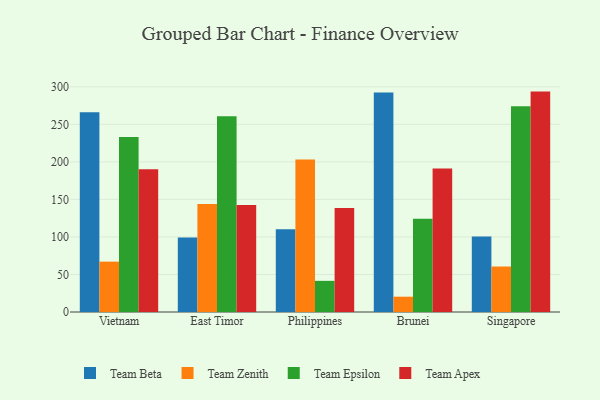
{"axis": {"x": "Country", "y": "Operating Costs (USD K)"}, "legend": ["Team Apex", "Team Beta", "Team Epsilon", "Team Zenith"], "data": [{"x": "Vietnam", "y": 266.2, "type": "Team Beta"}, {"x": "Vietnam", "y": 67.1, "type": "Team Zenith"}, {"x": "Vietnam", "y": 233.2, "type": "Team Epsilon"}, {"x": "Vietnam", "y": 190.3, "type": "Team Apex"}, {"x": "East Timor", "y": 99.4, "type": "Team Beta"}, {"x": "East Timor", "y": 143.8, "type": "Team Zenith"}, {"x": "East Timor", "y": 260.9, "type": "Team Epsilon"}, {"x": "East Timor", "y": 142.7, "type": "Team Apex"}, {"x": "Philippines", "y": 110.3, "type": "Team Beta"}, {"x": "Philippines", "y": 203.3, "type": "Team Zenith"}, {"x": "Philippines", "y": 41.5, "type": "Team Epsilon"}, {"x": "Philippines", "y": 138.7, "type": "Team Apex"}, {"x": "Brunei", "y": 292.4, "type": "Team Beta"}, {"x": "Brunei", "y": 20.4, "type": "Team Zenith"}, {"x": "Brunei", "y": 124.1, "type": "Team Epsilon"}, {"x": "Brunei", "y": 191.2, "type": "Team Apex"}, {"x": "Singapore", "y": 100.6, "type": "Team Beta"}, {"x": "Singapore", "y": 60.6, "type": "Team Zenith"}, {"x": "Singapore", "y": 274.0, "type": "Team Epsilon"}, {"x": "Singapore", "y": 293.6, "type": "Team Apex"}]}